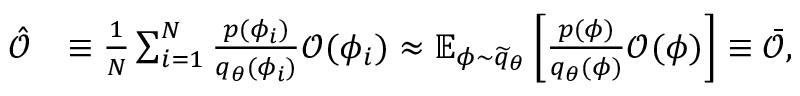
\begin{array} { r l } { \hat { \mathcal { O } } } & { \equiv \frac { 1 } { N } \sum _ { i = 1 } ^ { N } \frac { p ( \phi _ { i } ) } { { q } _ { \theta } ( \phi _ { i } ) } \mathcal { O } ( \phi _ { i } ) \approx \mathbb { E } _ { \phi \sim \widetilde { q } _ { \theta } } \left[ \frac { p ( \phi ) } { { q } _ { \theta } ( \phi ) } \mathcal { O } ( \phi ) \right] \equiv \bar { \mathcal { O } } , } \end{array}